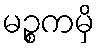
မဉ္စကမှိ